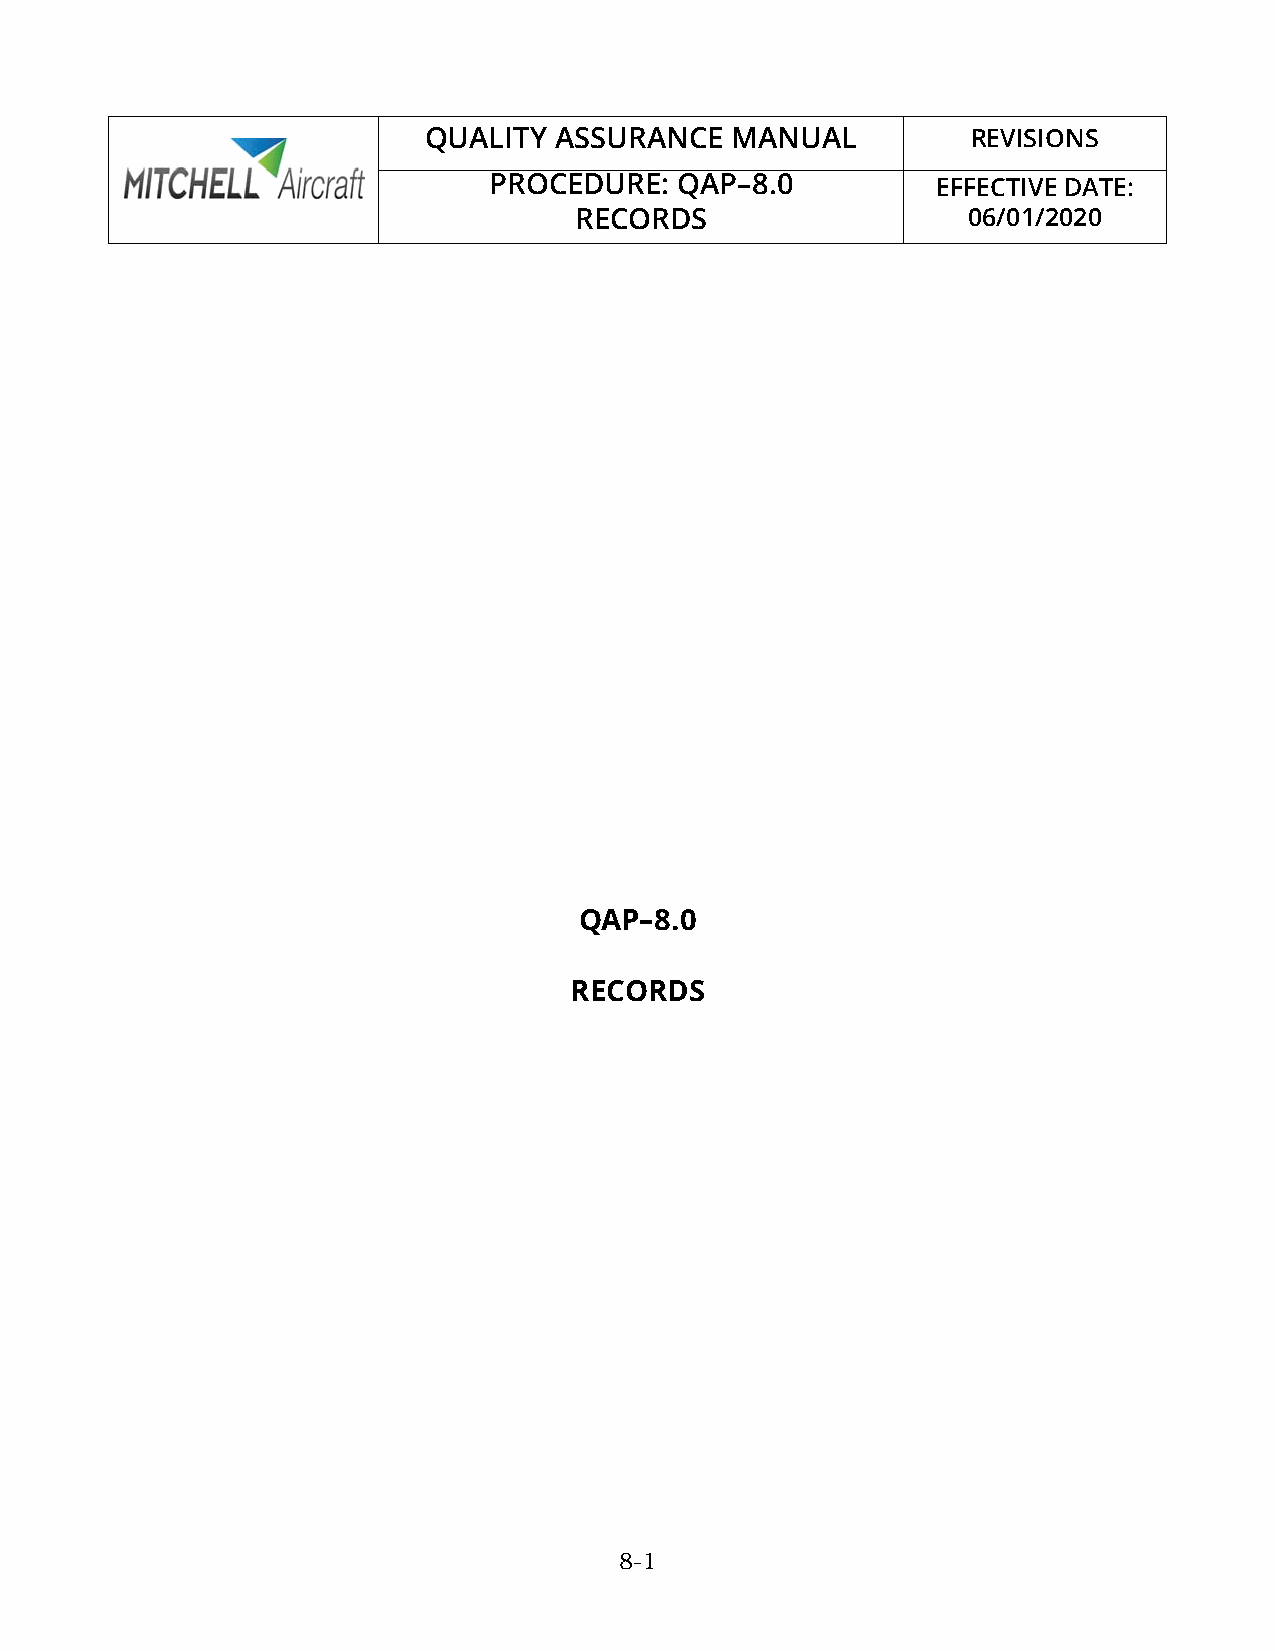
QUALITY  ASSURANCE  MANUAL          REVISIONS
 PROCEDURE:   QAP–8.0          EFFECTIVE DATE:
 RECORDS                   06/01/2020
 QAP–8.0
 RECORDS
 8-1